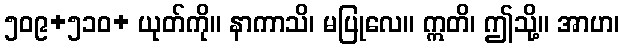
၅၀၉+၅၁၀+ ယုတ်ကို။ နာကာသိ၊ မပြုလေ။ ဣတိ၊ ဤသို့။ အာဟ၊